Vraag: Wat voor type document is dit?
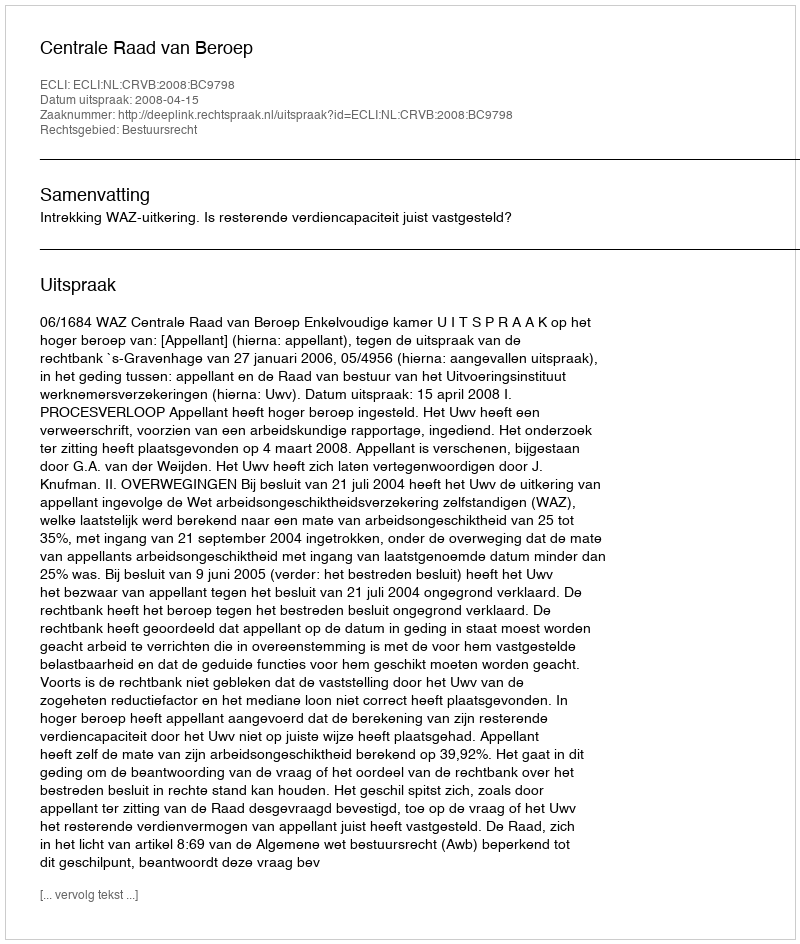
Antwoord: Uitspraak